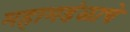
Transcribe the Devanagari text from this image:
महामडंळाचे